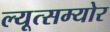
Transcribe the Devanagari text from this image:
ल्यूत्सम्योर